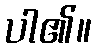
ပါ၏။